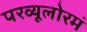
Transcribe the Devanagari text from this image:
परव्यूलोरमं